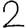
Digit: 2